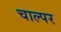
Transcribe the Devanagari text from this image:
चाल्पर